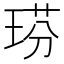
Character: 𤦈